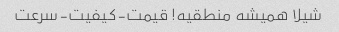
شیلا همیشه منطقیه! قیمت-کیفیت-سرعت